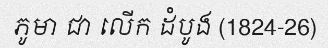
ភូមា ជា លើក ដំបូង (1824-26)